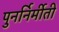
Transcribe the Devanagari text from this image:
पुनर्निर्मीती